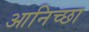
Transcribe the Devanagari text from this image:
आनिच्छा